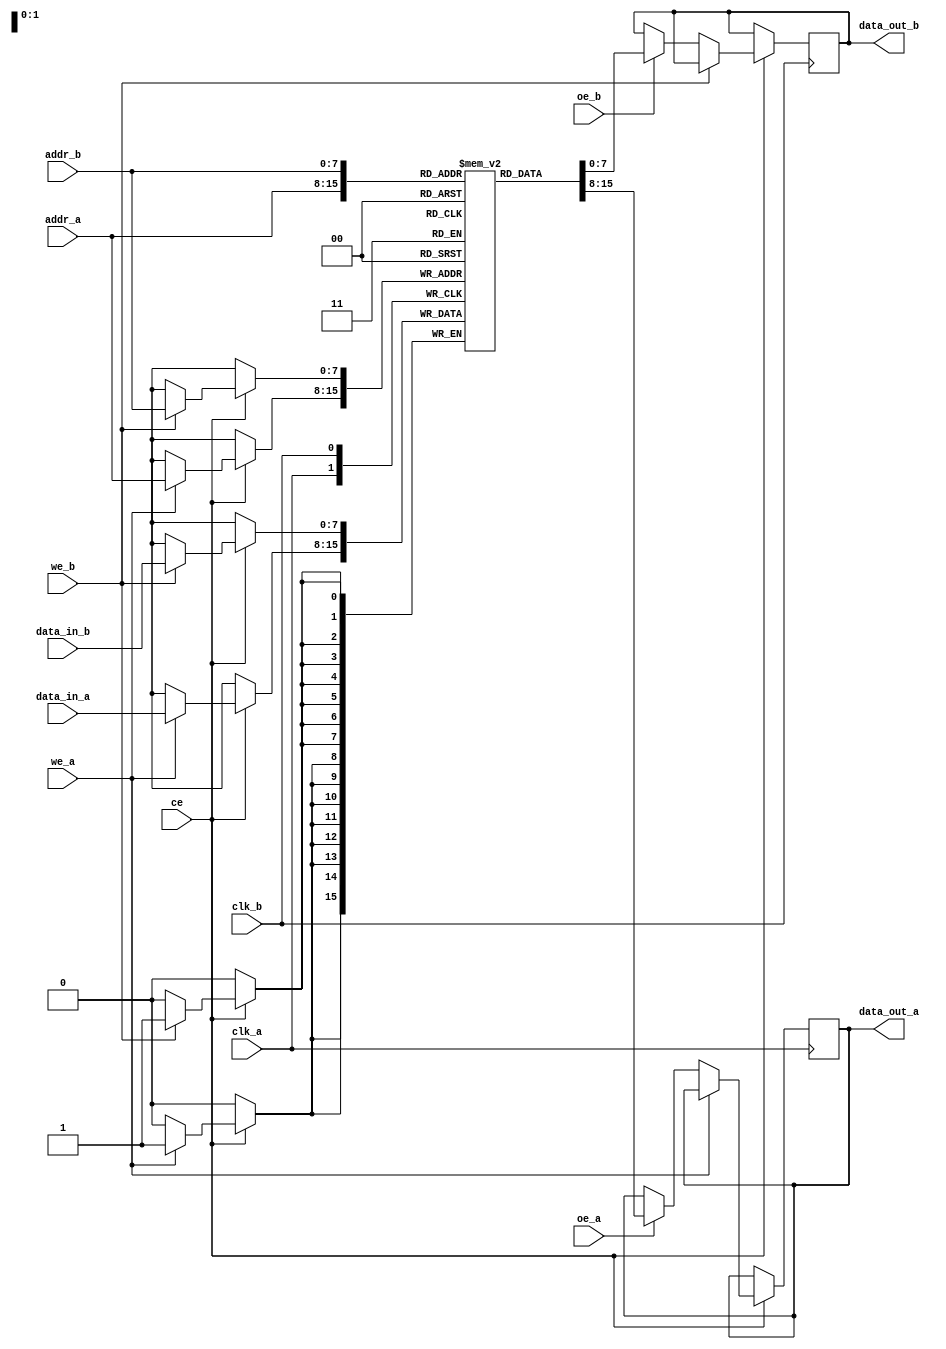
module dual_port_sram (
    input wire clk_a,           // Clock for Port A
    input wire clk_b,           // Clock for Port B
    input wire we_a,            // Write enable for Port A
    input wire we_b,            // Write enable for Port B
    input wire ce,              // Chip enable
    input wire oe_a,            // Output enable for Port A
    input wire oe_b,            // Output enable for Port B
    input wire [7:0] addr_a,    // Address for Port A
    input wire [7:0] addr_b,    // Address for Port B
    input wire [7:0] data_in_a,  // Data input for Port A
    input wire [7:0] data_in_b,  // Data input for Port B
    output reg [7:0] data_out_a, // Data output for Port A
    output reg [7:0] data_out_b  // Data output for Port B
);

    // Memory array: 256 x 8 bits
    reg [7:0] memory [0:255];

    // Initialization: Set all memory to zero
    integer i;
    initial begin
        for (i = 0; i < 256; i = i + 1) begin
            memory[i] = 8'b0;
        end
    end

    // Port A operations
    always @(posedge clk_a) begin
        if (ce) begin
            if (we_a) begin
                // Write operation for Port A
                memory[addr_a] <= data_in_a;
            end
            else if (oe_a) begin
                // Read operation for Port A
                data_out_a <= memory[addr_a];
            end
        end
    end

    // Port B operations
    always @(posedge clk_b) begin
        if (ce) begin
            if (we_b) begin
                // Write operation for Port B
                memory[addr_b] <= data_in_b;
            end
            else if (oe_b) begin
                // Read operation for Port B
                data_out_b <= memory[addr_b];
            end
        end
    end

endmodule